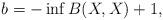
LaTeX: \begin{align*}b=-\inf B(X,X)+1,\end{align*}